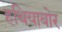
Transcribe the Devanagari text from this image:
हथियाबोर